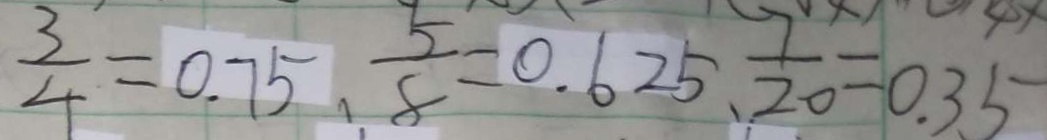
\frac { 3 } { 4 } = 0 . 7 5 . \frac { 5 } { 8 } = 0 . 6 2 5 . \frac { 7 } { 2 0 } = 0 . 3 5